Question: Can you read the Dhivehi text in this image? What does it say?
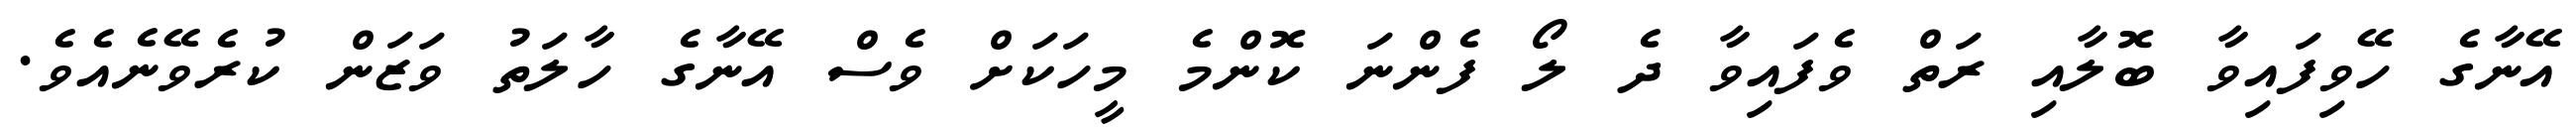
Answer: އޭނާގެ ހޭވިފައިވާ ބޮލާއި ރަތް ވެފައިވާ ދެ ލޯ ފެންނަ ކޮންމެ މީހަކަށް ވެސް އޭނާގެ ހާލަތު ވަޒަން ކުރެވޭނެއެވެ.